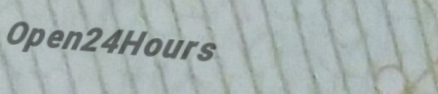
Open24Hours